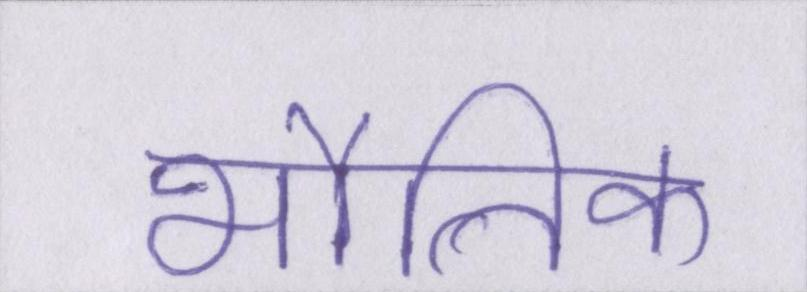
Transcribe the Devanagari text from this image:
भौतिक